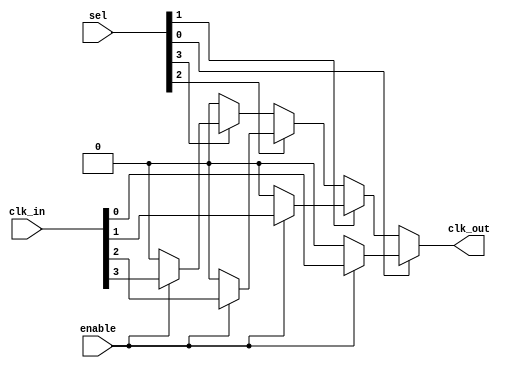
module CMUX_Buffer #(
    parameter NUM_INPUTS = 4  // Specify the number of clock inputs. Can be 2, 4, 8, etc.
)(
    input  wire [NUM_INPUTS-1:0] clk_in,  // Multiple clock inputs (CLK0, CLK1, CLK2...)
    input  wire [NUM_INPUTS-1:0] sel,      // Selection signals for clock inputs
    input  wire enable,                     // Enable signal for the clock output
    output reg clk_out                      // Buffered clock output
);

    // Internal wires
    wire [NUM_INPUTS-1:0] buffered_clk;
    wire selected_clk;

    // Simple priority encoder to select clock input based on sel signals
    generate
        genvar i;
        for (i = 0; i < NUM_INPUTS; i = i + 1) begin : clock_select
            assign buffered_clk[i] = enable ? clk_in[i] : 1'b0;
        end
    endgenerate
    
    // Selecting the appropriate clock based on sel, using 1-hot encoding
    always @(*) begin
        case (1'b1)
            sel[0]: clk_out = buffered_clk[0];
            sel[1]: clk_out = buffered_clk[1];
            sel[2]: clk_out = buffered_clk[2];
            sel[3]: clk_out = buffered_clk[3];
            default: clk_out = 1'b0; // Default to low if no valid selection
        endcase
    end

endmodule